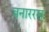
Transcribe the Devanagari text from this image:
बनाररस